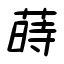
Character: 蒔